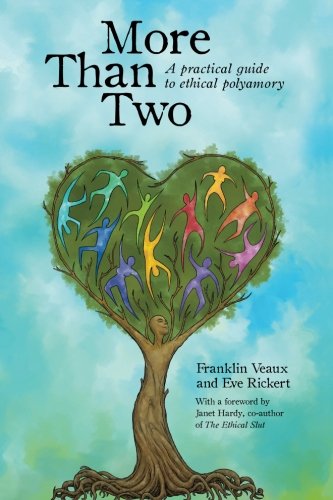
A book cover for More Than Two: A practical guide to ethical polyamory; Franklin Veaux; Self-Help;